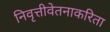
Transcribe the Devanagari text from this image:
निवृत्तीवेतनाकरिता